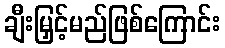
ချီးမြှင့်မည်ဖြစ်ကြောင်း